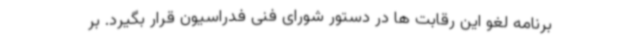
برنامه لغو این رقابت ها در دستور شورای فنی فدراسیون قرار بگیرد. بر